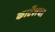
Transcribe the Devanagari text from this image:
कार्टेलचा